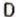
D